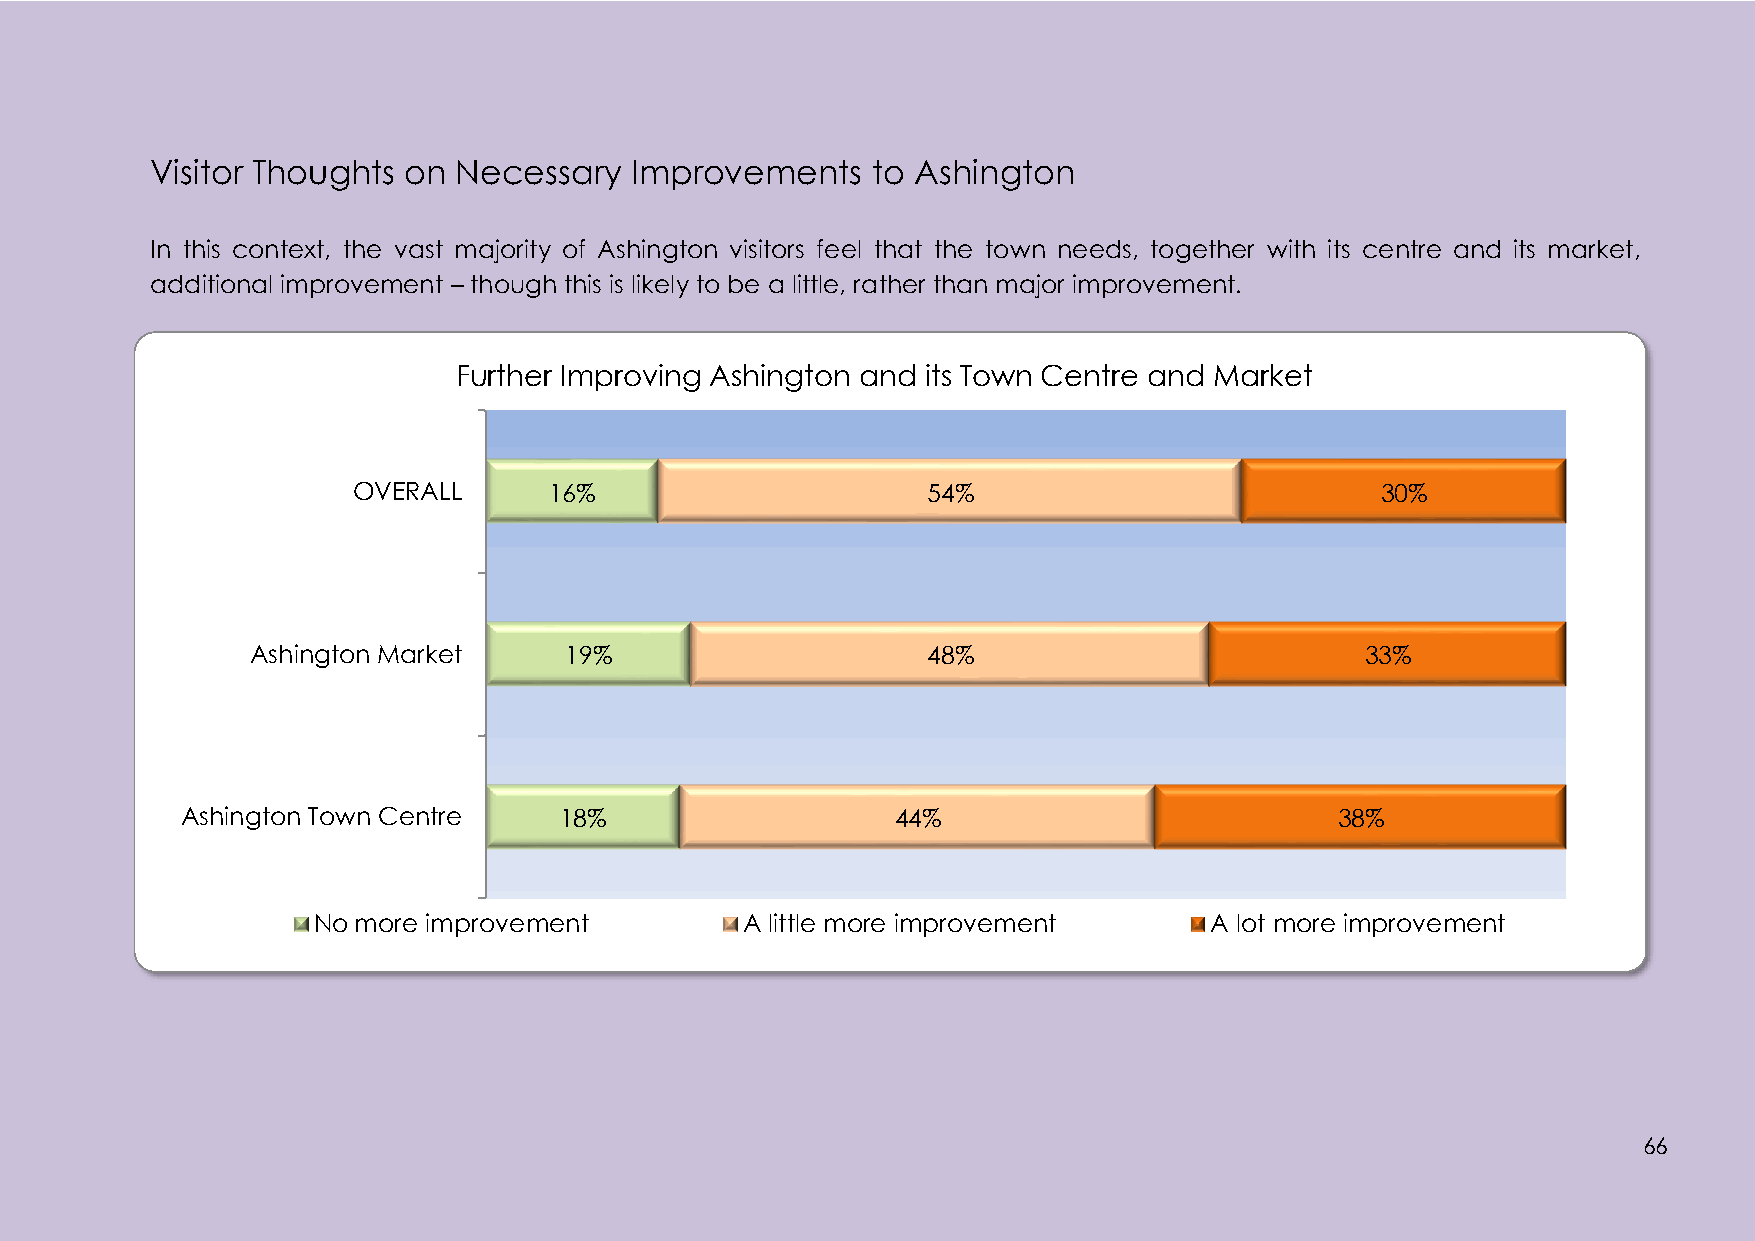
Visitor Thoughts on Necessary   Improvements    to Ashington
 In this context, the vast majority of Ashington visitors feel that the town needs, together with its centre and its market,
 additional improvement – though this is likely to be a little, rather than major improvement.
 Further Improving Ashington and its Town Centre and Market
 OVERALL      16%                      54%                           30%
 Ashington Market    19%                     48%                          33%
 Ashington Town Centre    18%                   44%                           38%
 No more improvement         A little more improvement      A lot more improvement
 66
 66